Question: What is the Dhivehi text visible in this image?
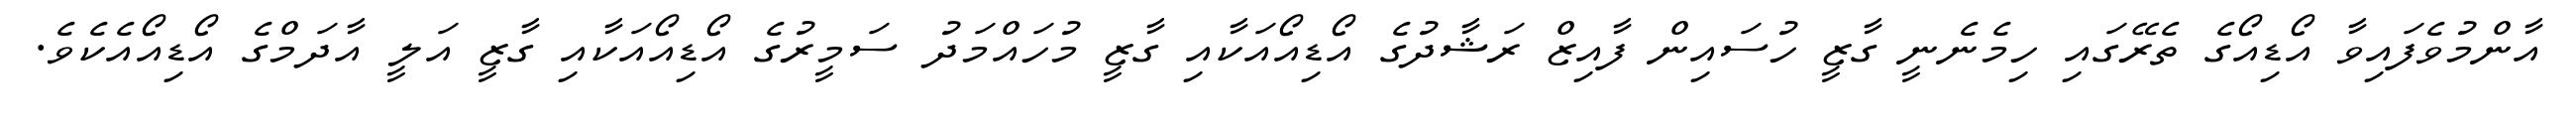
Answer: އާންމުވެފައިވާ އޯޑިއޯގެ ތެރޭގައި ހިމެނެނީ ގާޒީ ހުސައިން ފާއިޒް ރަޝާދުގެ އޯޑިއޯއަކާއި ގާޒީ މުހައްމަދު ސަމީރުގެ އޯޑިއޯއަކާއި ގާޒީ އަލީ އާދަމްގެ އޯޑިއޯއެކެވެ.